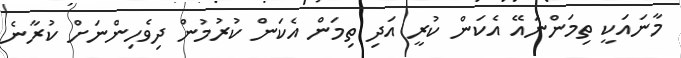
މާނައަކީ ތިމަންނައޭ އެކަން ކުރީ އަދި ތިމަން އެކަން ކުރުމުން ދިވެހިންނަށް ކުރާނެ